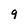
Character: 9